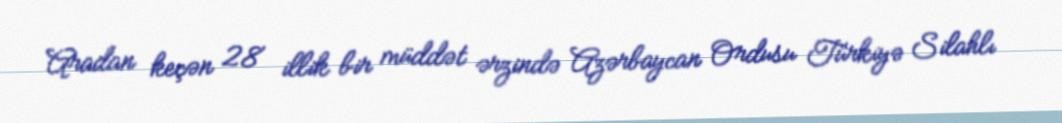
Aradan keçən 28 illik bir müddət ərzində Azərbaycan Ordusu Türkiyə Silahlı